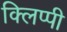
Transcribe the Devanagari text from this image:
क्लिप्पी